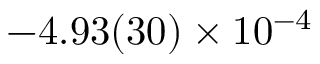
- 4 . 9 3 ( 3 0 ) \times 1 0 ^ { - 4 }